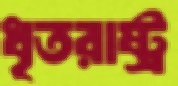
ধৃতরাষ্ট্র